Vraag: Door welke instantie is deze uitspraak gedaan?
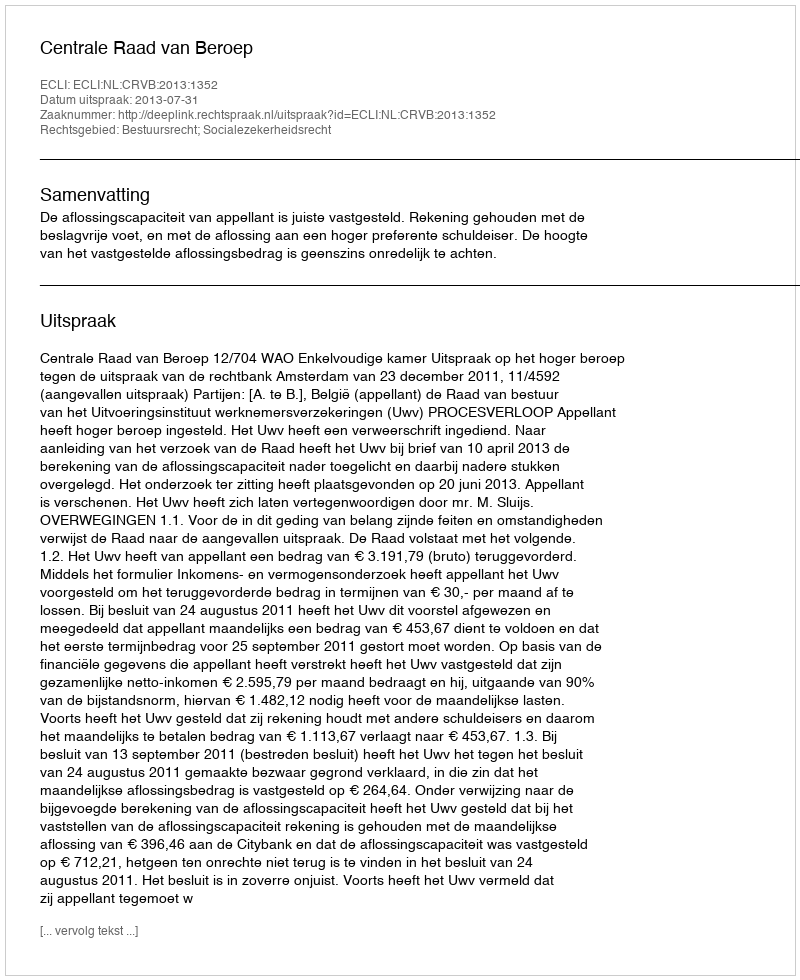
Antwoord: Centrale Raad van Beroep